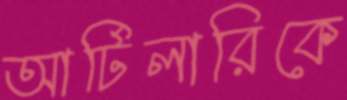
আর্টিলারিকে